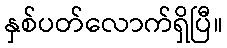
နှစ်ပတ်လောက်ရှိပြီ။